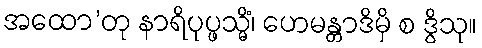
အထော’တု နာရိပုပ္ဖသ္မိံ၊ ဟေမန္တာဒိမှိ စ ဒွိသု။